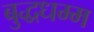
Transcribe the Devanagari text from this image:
बुद्धधम्म